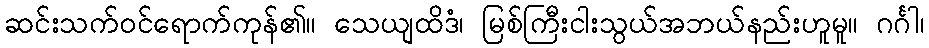
ဆင်းသက်ဝင်ရောက်ကုန်၏။ သေယျထိဒံ၊ မြစ်ကြီးငါးသွယ်အဘယ်နည်းဟူမူ။ ဂင်္ဂါ၊